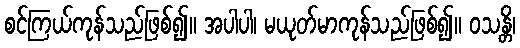
စင်ကြယ်ကုန်သည်ဖြစ်၍။ အပါပါ၊ မယုတ်မာကုန်သည်ဖြစ်၍။ ဝသန္တိ၊